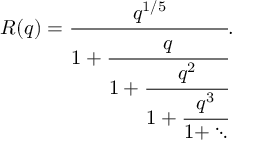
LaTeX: R ( q ) = { \cfrac { q ^ { 1 / 5 } } { 1 + { \cfrac { q } { 1 + { \cfrac { q ^ { 2 } } { 1 + { \cfrac { q ^ { 3 } } { 1 + \ddots } } } } } } } } .